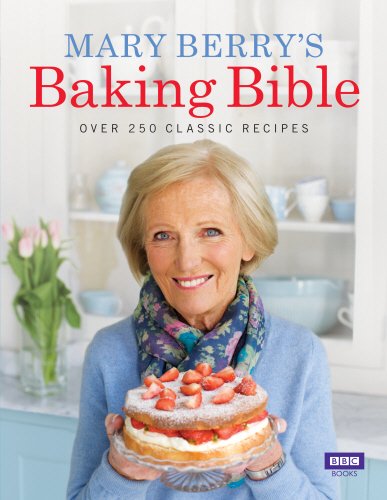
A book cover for Mary Berry's Baking Bible: Over 250 Classic Recipes; Mary Berry; Cookbooks, Food & Wine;